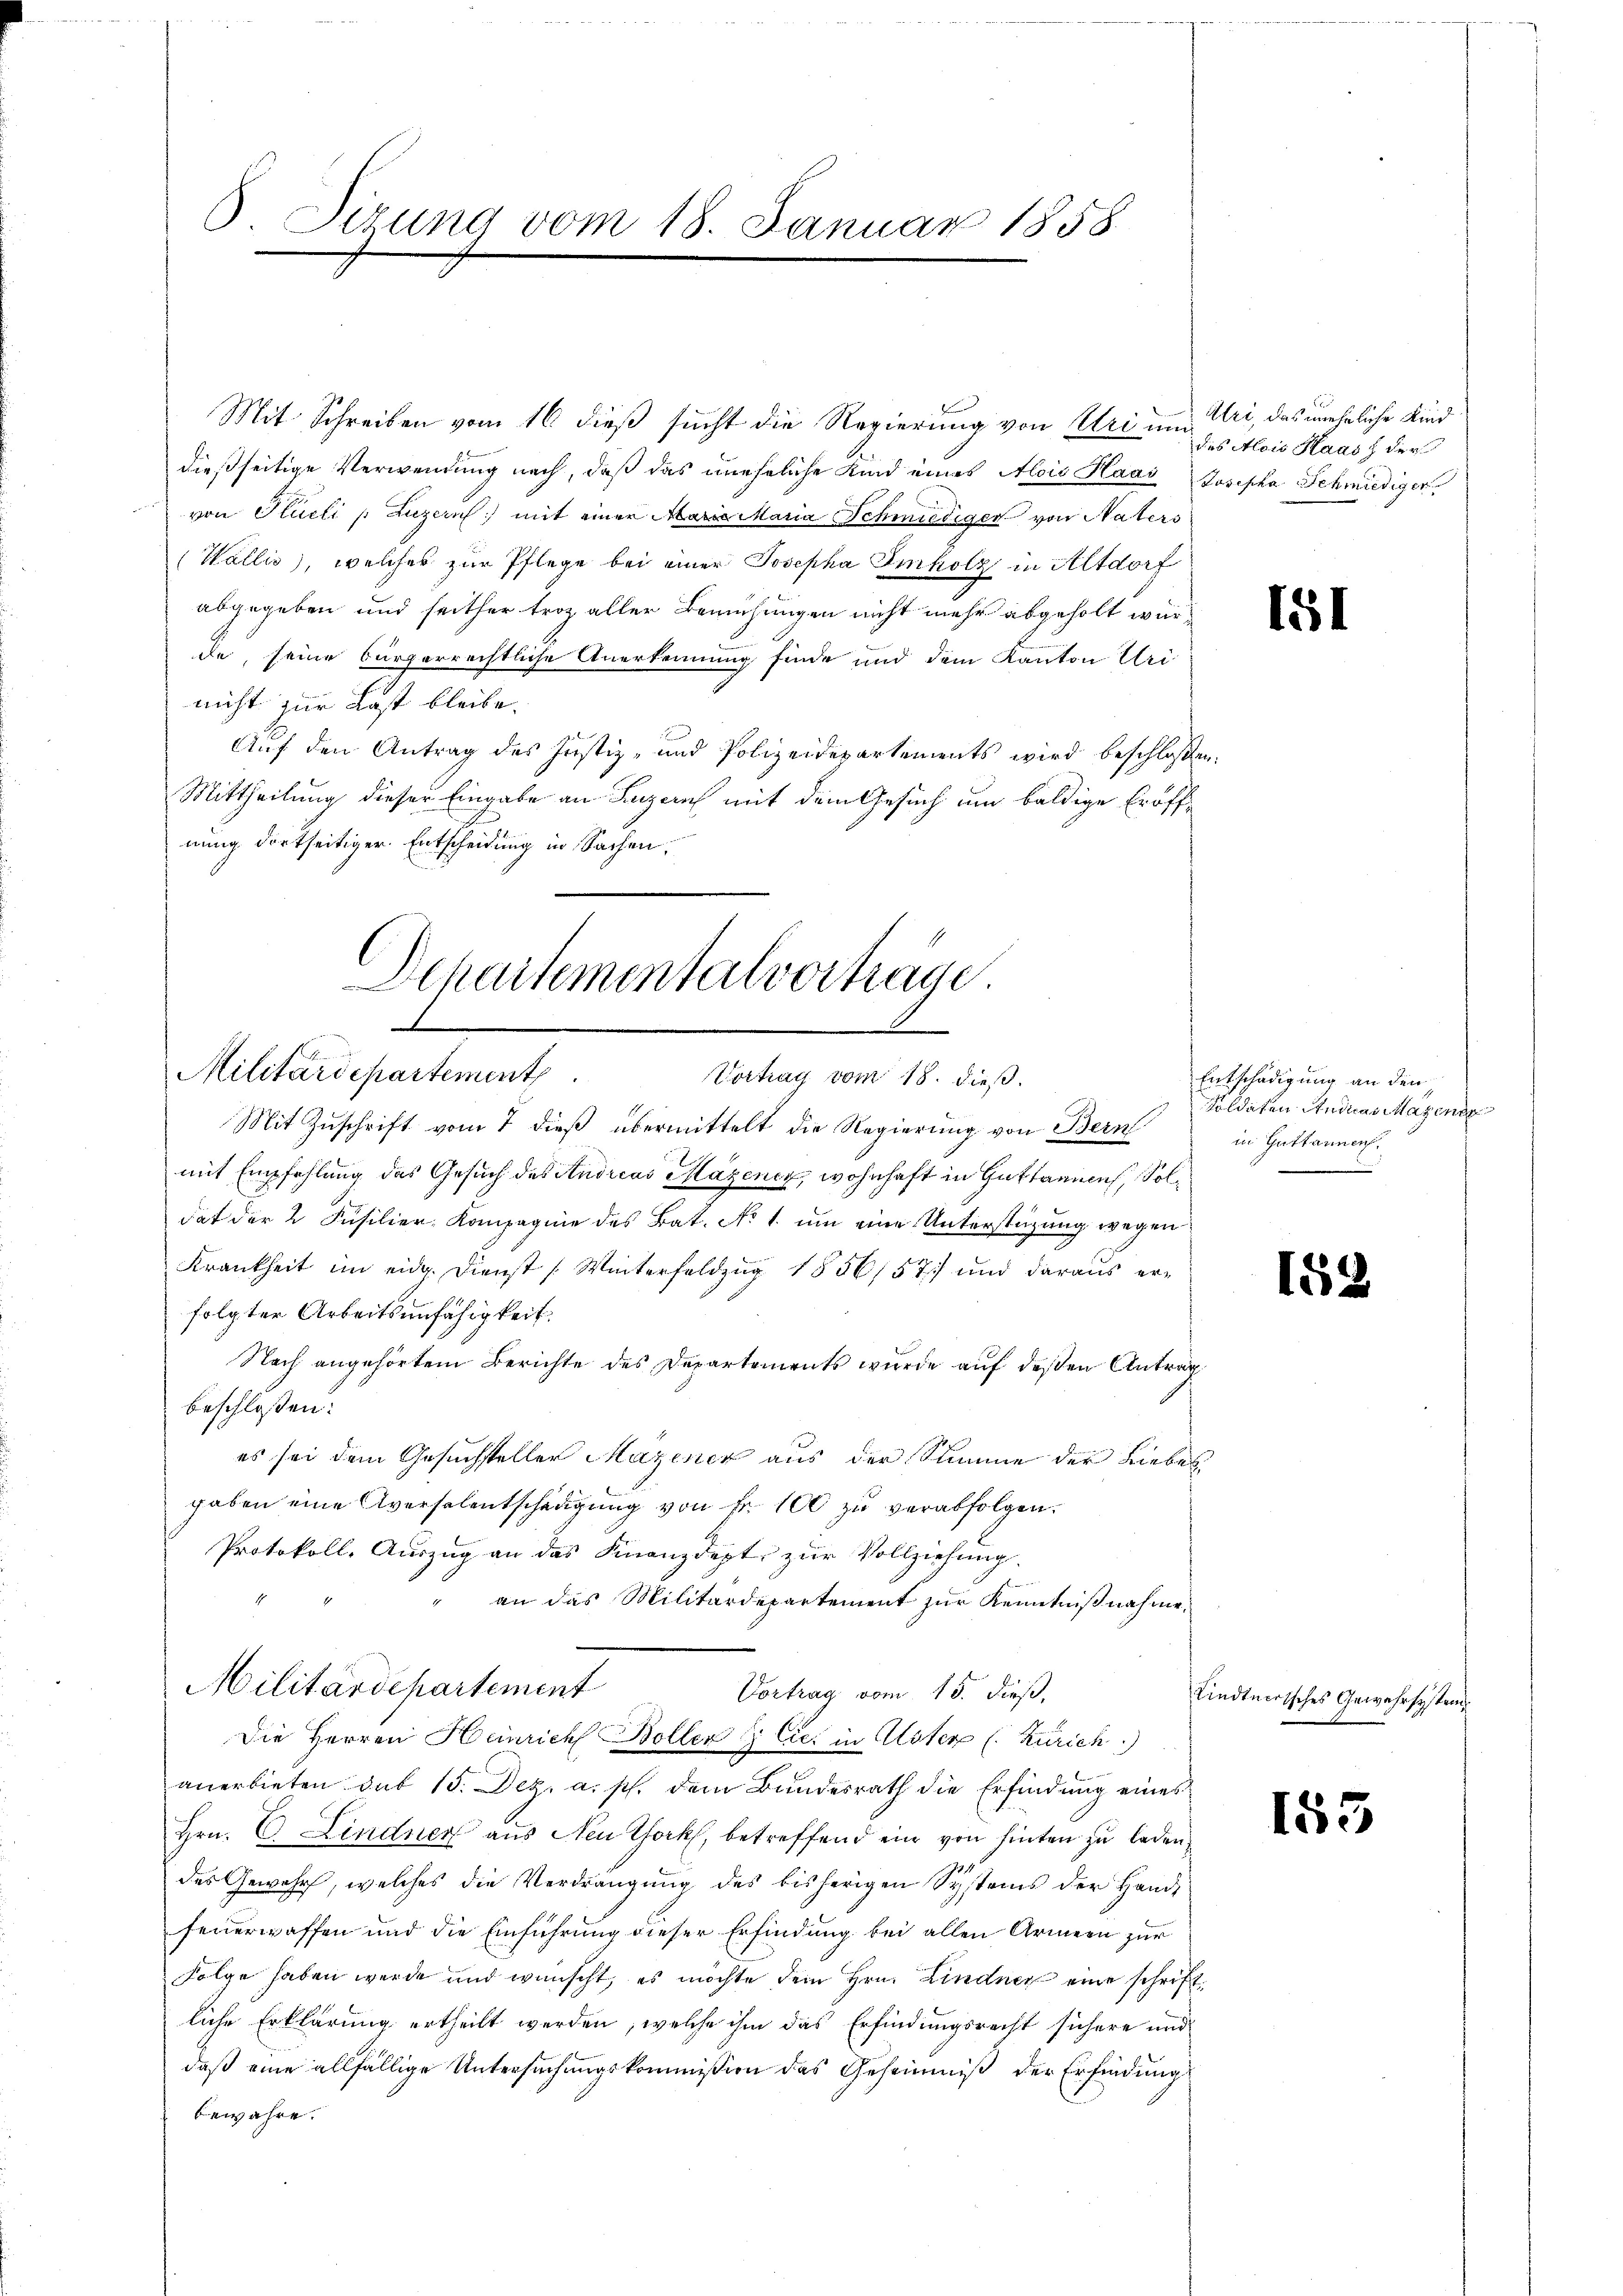
Sizung vom 18. Januar 1858.

Departementalvortrage.
Militärdepartement
Vortrag vom 18. dieß.
Mit Zuschrift vom 7 dieß übermittelt die Regierung von Bern

Mit Schreiben vom 16. dieß sucht die Regierung von Uri um Uri, das uneheliche Kind
dießseitige Verwendung nach, daß das uneheliche Kind eines Alois Haas Josepha Schmiediger
von Flüeli u. Luzern mit einer Aare Maria Schmiediger von Naters
(Wallis), welches zur Pflege bei einer Josepha Imholz in Altdorf
abgegeben und seither troz aller Bemühungen nicht mehr abgeholt würde, seine bürgerrechtliche Anerkennung finde und dem Kanton Uri
nicht zur Last bleibe.
Auf den Antrag des Justiz- und Polizeidepartements wird beschlossen:
Mittheilung dieser Eingabe an Luzern mit dem Gesuch um baldige Eröffnung dortseitiger Entscheidung in Sachen,

des Alois Haas & der

mit Empfehlung des Gesuch des Andreas Mazeney, wohnhaft in Guttannen, Soldat der 2 Fusilier, Kompagnie des Bat. No 1. um eine Unterstüzung wegen
Krankheit im eidg. Dienst (Winterfeldzug 1556/57 und daraus erfolgter Arbeitsunfähigkeit.
Nach angehörtem Berichte des Departements wurde auf deßen Antrag
beschloßen:
es sei dem Gesuchsteller Mazener aus der Stimme der Liebes
gaben eine Aversalentschädigung von Fr. 100 zu verabfolgen.
Protokoll, Auszug an das Finanzdept zur Vollziehung.
an das Militärdepartement zur Kenntnißnahme.
Militärdepartement
Vortrag vom 15. dieß,
Die Herren Heinrich Boller & Cie in Alster (Zürich.)
anerbieten das 15. Dez. a. p. dem Bundesrath die Erfindung eines
Hrn. C. Lindner aus Neu Chork, betreffend ein von hinten zu laden,
des Gewehr, welches die Verdrängung des bisherigen Systems der Hande
feuerwaffen und die Einführung dieser Erfindung bei allen Armeen zur
Folge haben werde und wünscht, es möchte dem Hrn. Lindner eine schriftliche Erklärung ertheilt werden, welche ihm das Erfindungsrecht sichere und
daß eine allfällige Untersuchungskommission das Geheimniß der Erfindung
bewahre.

151

Entschädigung an den
soldaten Andreas Mazener
in Guttannen.

154

Lindtnertsches Gewehrsystem

153